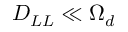
D _ { L L } \ll \Omega _ { d }